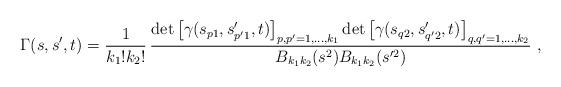
LaTeX: \begin{align*} \Gamma(s,s^\prime,t) = \frac{1}{k_1!k_2!} \, \frac {\det\left[\gamma(s_{p1},s_{p'1}^\prime,t)\right]_{p,p'=1,\ldots,k_1} \det\left[\gamma(s_{q2},s_{q'2}^\prime,t)\right]_{q,q'=1,\ldots,k_2}} {B_{k_1k_2}(s^2)B_{k_1k_2}(s^{\prime 2})} \ ,\end{align*}